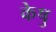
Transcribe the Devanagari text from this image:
केषु